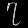
Digit: ၇